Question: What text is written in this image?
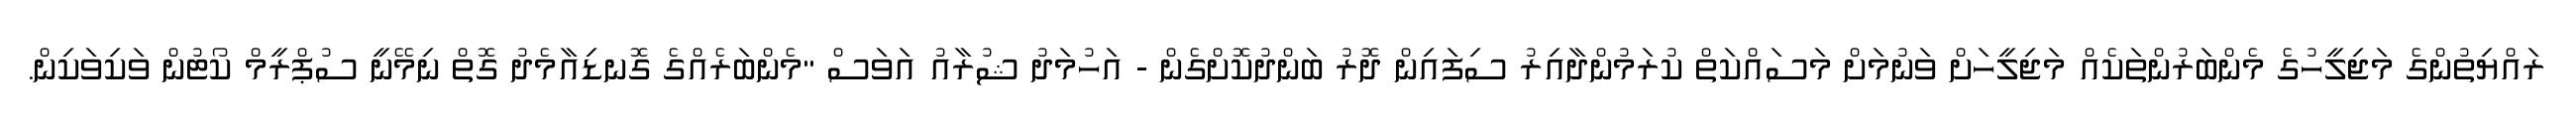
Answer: ރައްޔިތުންގެ މަޖިލީހުގެ މެންބަރުންތަކެއް މަޖިލީހަށް ވަނުމަށް މަސައްކަތް ކުރަމުންދާއިރު ސިފައިން ދޮރު ބަންދުކޮށްގެން - އަހުމަދު ޝުރާއު އަވަސް "މެންބަރެއްގެ ގޮނޑިއާމެދު ގޮތް ނިމޭނީ ސުޕްރީމް ކޯޓުން ވަކިވަކިން.